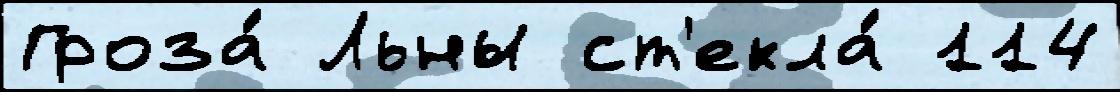
Гроза́ Льны ст'екла́ 114